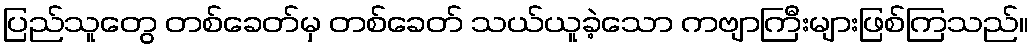
ပြည်သူတွေ တစ်ခေတ်မှ တစ်ခေတ် သယ်ယူခဲ့သော ကဗျာကြီးများဖြစ်ကြသည်။